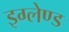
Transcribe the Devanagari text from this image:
इग्‍लेण्‍ड